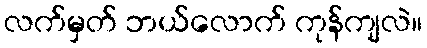
လက်မှတ် ဘယ်လောက် ကုန်ကျလဲ။